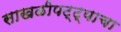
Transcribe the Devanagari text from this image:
साखळीपट्ट्याचा